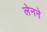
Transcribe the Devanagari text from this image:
लेनने